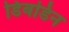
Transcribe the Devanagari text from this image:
डिबडिन